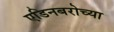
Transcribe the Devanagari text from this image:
एडिनबरोच्या